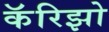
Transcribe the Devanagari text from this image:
कॅरिझो